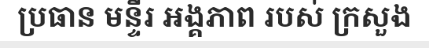
ប្រធាន មន្ទីរ អង្គភាព របស់ ក្រសួង